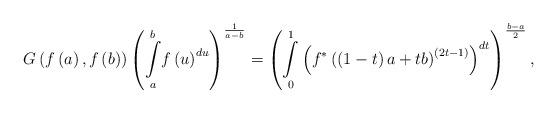
LaTeX: \begin{align*}G\left( f\left( a\right) ,f\left( b\right) \right) \left( \underset{a}{\overset{b}{\int }}f\left( u\right) ^{du}\right) ^{\frac{1}{a-b}}=\left( \underset{0}{\overset{1}{\int }}\left( f^{\ast }\left( \left( 1-t\right)a+tb\right) ^{\left( 2t-1\right) }\right) ^{dt}\right) ^{\frac{b-a}{2}},\end{align*}